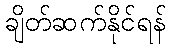
ချိတ်ဆက်နိုင်ရန်